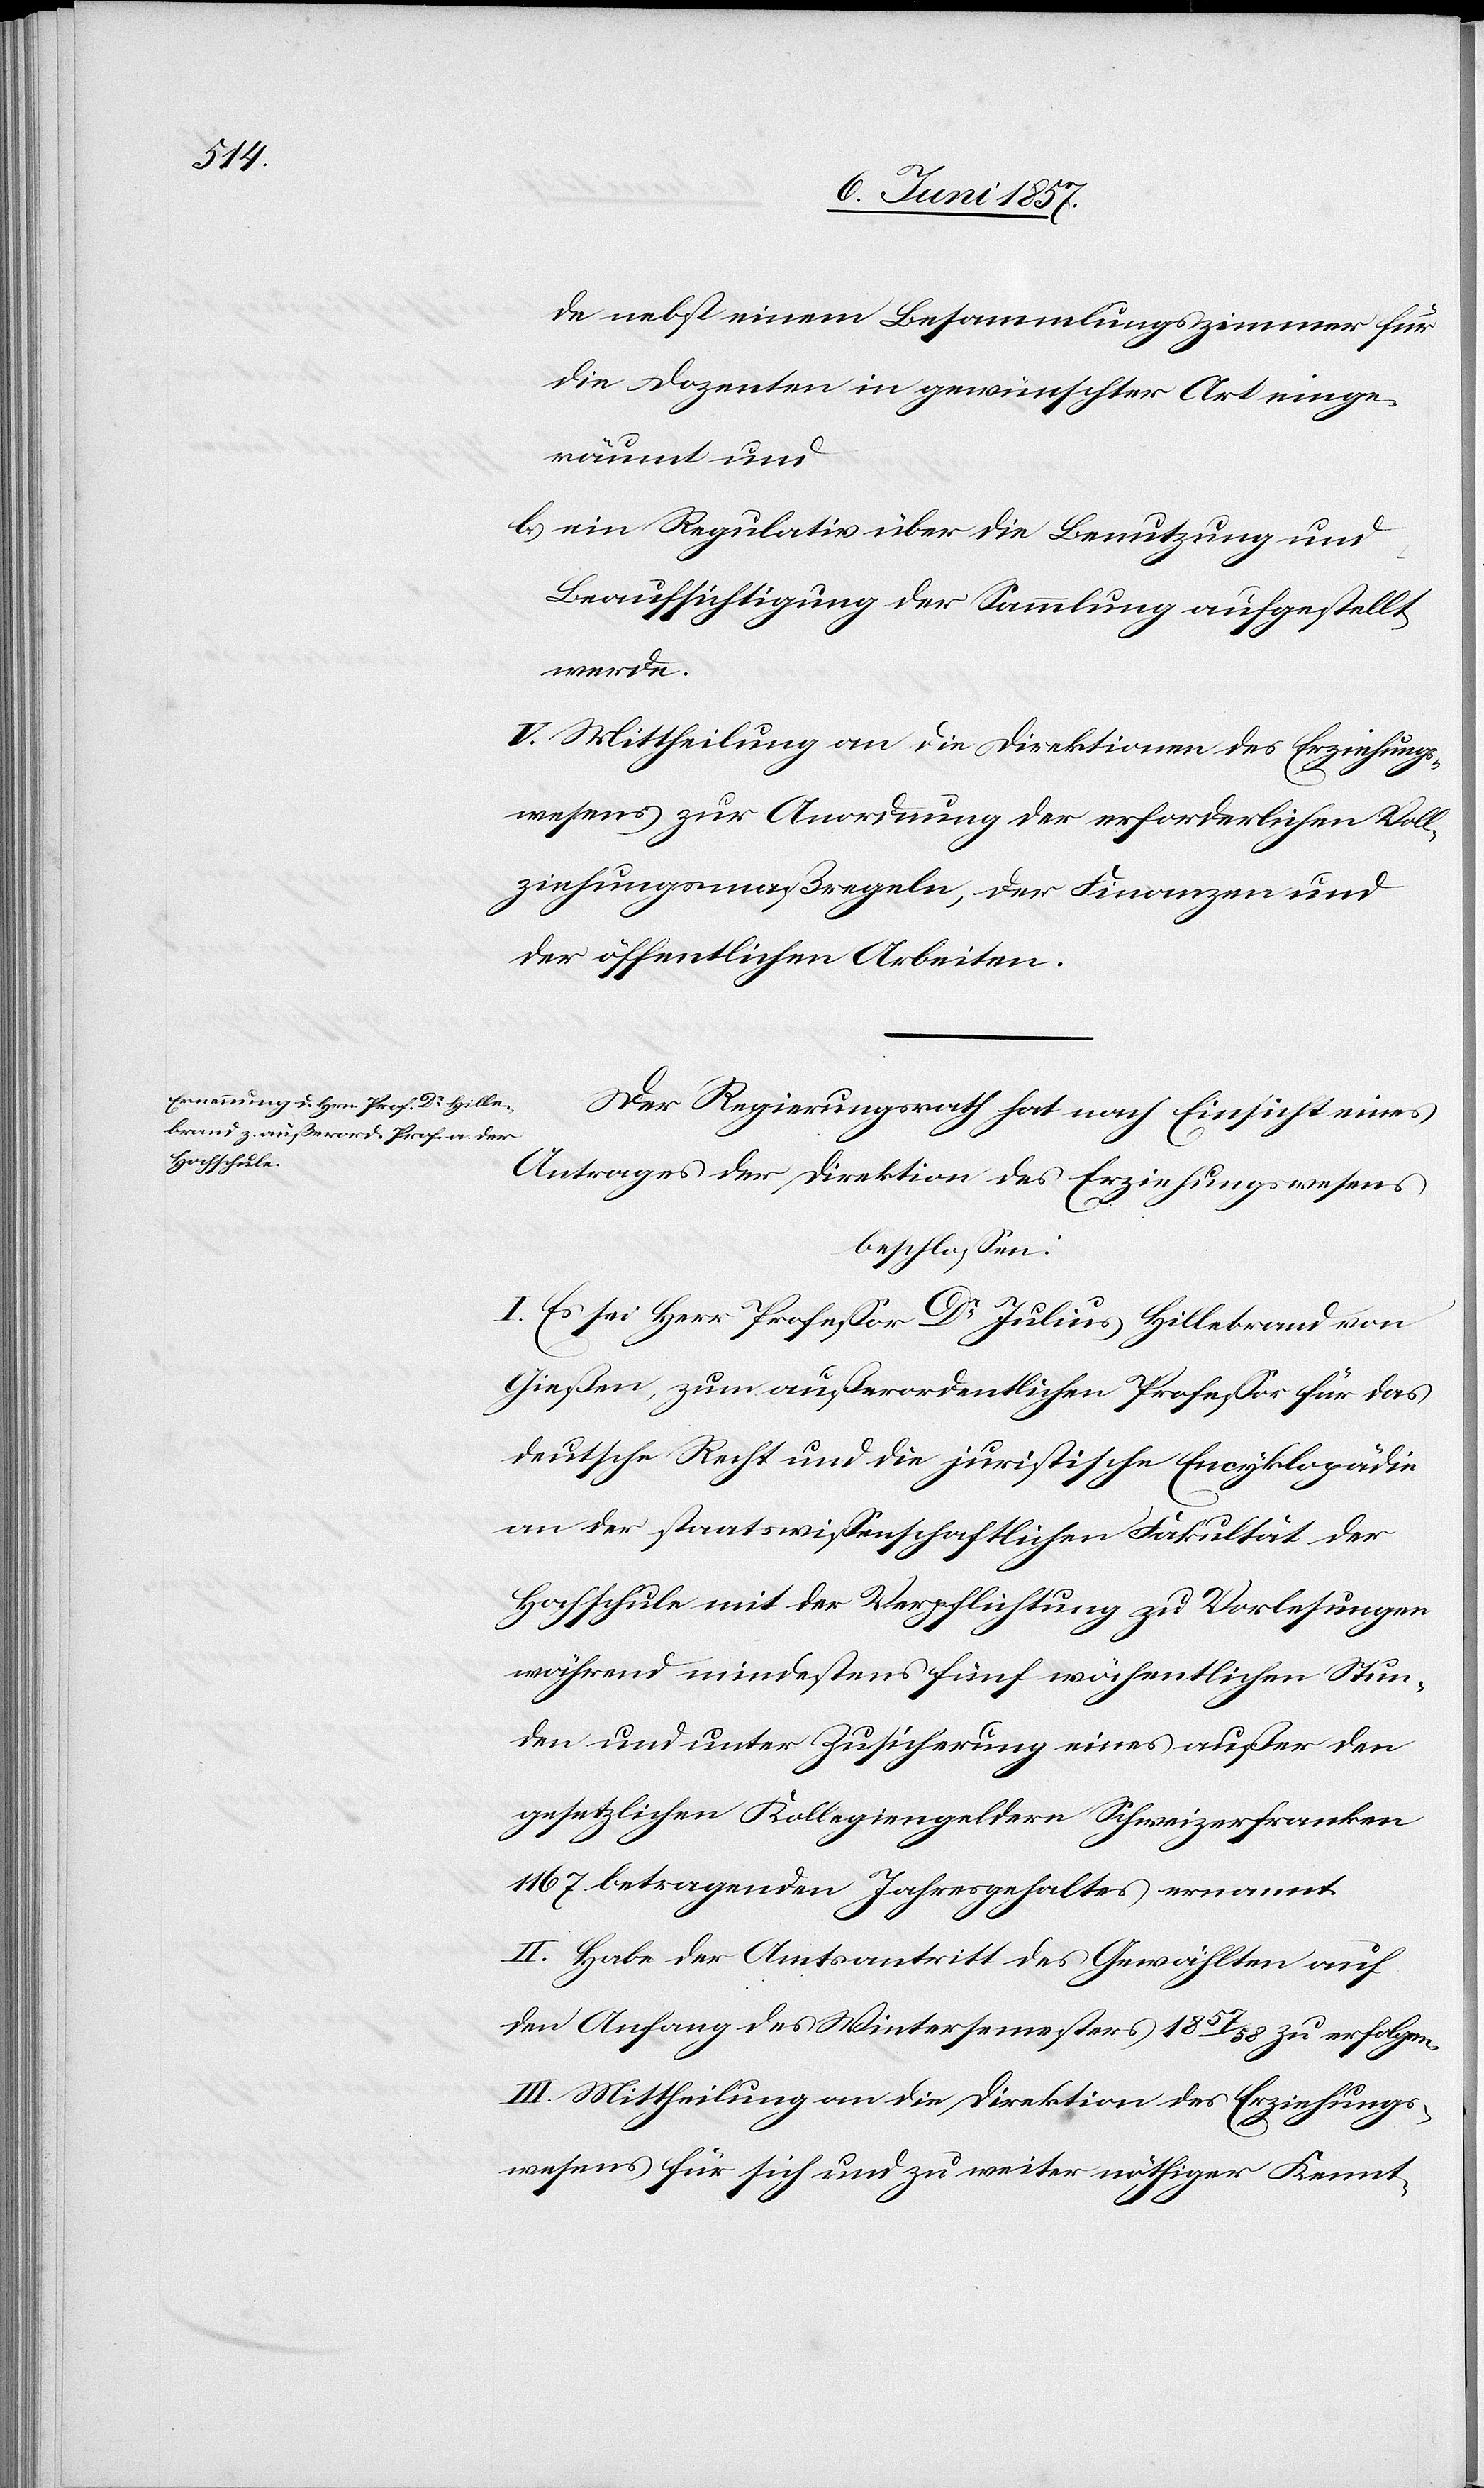
de nebst einem Besammlungszimmer für
die Dozenten in gewünschter Art einge¬
räumt und
b) ein Regulativ über die Benutzung und
Beaufsichtigung der Sammlung aufgestellt
werde.
V. Mittheilung an die Direktionen des Erziehungs¬
wesens zur Anordnung der erforderlichen Voll¬
ziehungsmaßregeln, der Finanzen und
der öffentlichen Arbeiten.
Der Regierungsrath hat nach Einsicht eines
Antrages der Direktion des Erziehungswesens
beschlossen:
I. Es sei Herr Professor Dr Julius Hillebrand von
Gießen, zum außerordentlichen Professor für das
deutsche Recht und die juristische Encyklopädie
an der staatswissenschaftlichen Fakultät der
Hochschule mit der Verpflichtung zu Vorlesungen
während mindestens fünf wöchentlichen Stun¬
den und unter Zusicherung eines außer den
gesetzlichen Kollegiengeldern Schweizerfranken
167 betragenden Jahresgehaltes ernannt.
II. Habe der Amtsantritt des Gewählten auf
den Anfang des Wintersemesters 1857/58 zu erfolgen.
III. Mittheilung an die Direktion des Erziehungs¬
wesens für sich und zu weiter nöthiger Kennt-